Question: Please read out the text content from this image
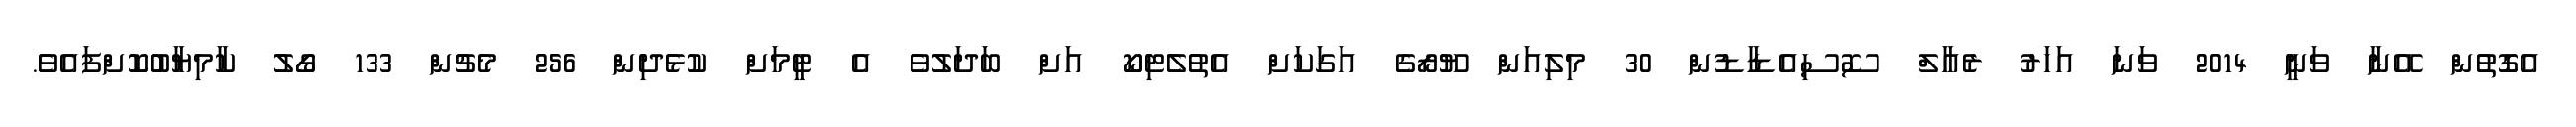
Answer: އެގޮތުން އޭނާ ވަނީ 2014 ވަނަ އަހަރު ރެއާލް ސޮސިއެޑާޑުން 30 މިލިއަން ޔޫރޯގެ އަގަކަށް އެތުލެޓިކޯ އަށް ބަދަލުވެ އެ ޓީމަށް ކުޅެދިން 256 މެޗުން 133 ގޯލު ކާމިޔާބުކޮށްފައެވެ.